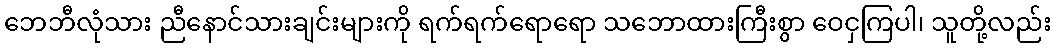
ဘေဘီလုံသား ညီနောင်သားချင်းများကို ရက်ရက်ရောရော သဘောထားကြီးစွာ ဝေငှကြပါ၊ သူတို့လည်း